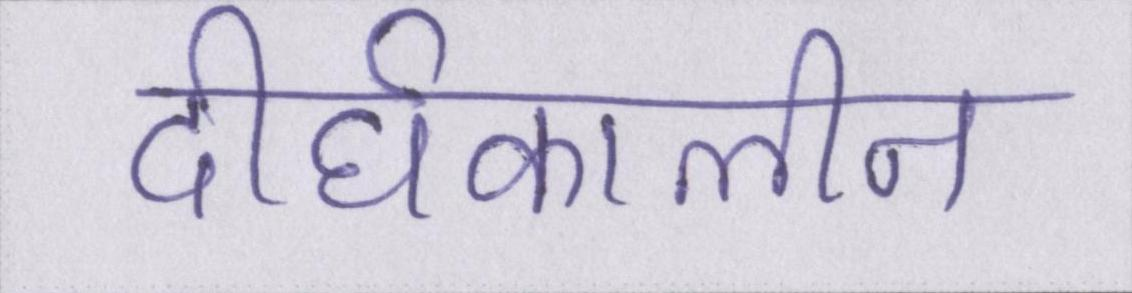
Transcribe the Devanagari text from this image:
दीर्घकालीन